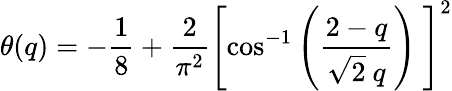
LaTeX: \theta(q)=-\frac{1}{8}+\frac{2}{\pi^{2}}\left[\cos^{-1}\left(\frac{2-q}{\sqrt{2}\ q}\right)\ \right]^{2}